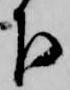
下